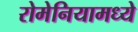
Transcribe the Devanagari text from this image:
रोमेनियामध्ये